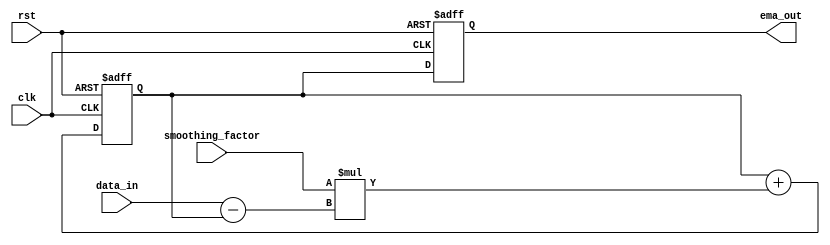
module ema_accumulator (
  input wire clk,
  input wire rst,
  input wire [15:0] data_in,
  input wire [7:0] smoothing_factor,
  output reg [15:0] ema_out
);

reg [15:0] sum;
reg [15:0] prev_ema;

always @(posedge clk or posedge rst) begin
  if (rst) begin
    sum <= 16'b0;
    prev_ema <= 16'b0;
    ema_out <= 16'b0;
  end else begin
    sum <= sum + data_in;
    prev_ema <= prev_ema + (smoothing_factor * (data_in - prev_ema));
    ema_out <= prev_ema;
  end
end

endmodule